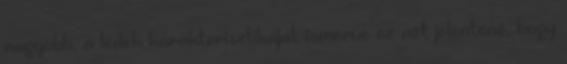
nagyobb, a ledek karakterisztikáját ismerve ez azt jelentené, hogy